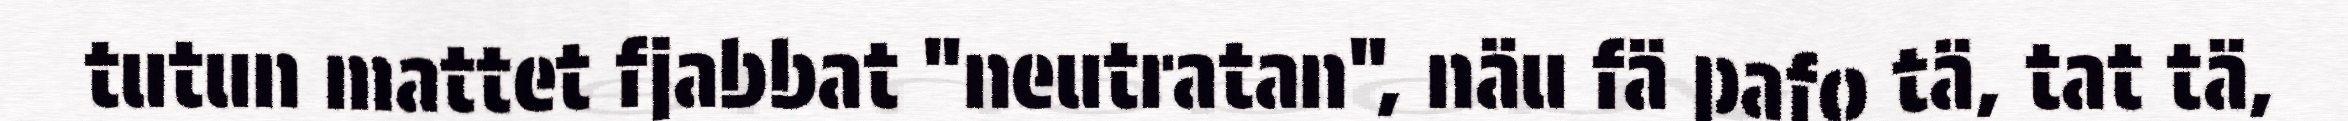
tutun mattet fjabbat "neutratan", näu fä pafo tä, tat tä,